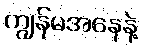
ကျွန်မအနေနဲ့